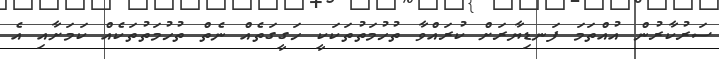
ސަރުކާރުން އުއްތަމަ ފަނޑިޔާރަށް ކުރައްވާ ތުހުމަތުތަކަކީ ހަގީގަތެއް ނެތް ތުހުމަތުތަކެއް ކަމަށާއި އެ